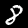
Digit: 8